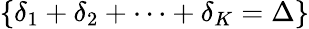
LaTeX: \{ \delta_{1}+\delta_{2}+\cdots+\delta_{K}=\Delta\}